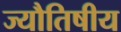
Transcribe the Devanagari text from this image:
ज्यौतिषीय